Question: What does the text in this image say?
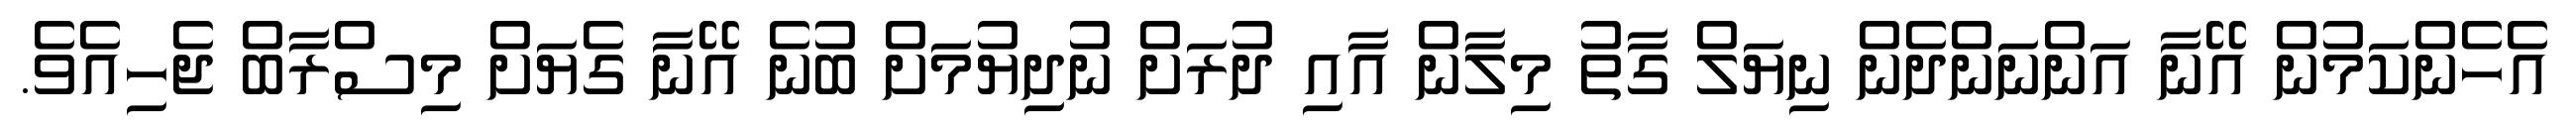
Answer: އެހެންކަމުން އޭނާ އަންނަންދެން ނިޔަލް ގާތު މިލާން އާއި ދުރަށް ނުދިޔުމަށް ބުނެ އޭނާ ގެޔަށް މިސްރާބް ޖެހިއެވެ.